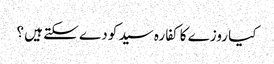
کیا روزے کا کفارہ سید کو دے سکتے ہیں ؟